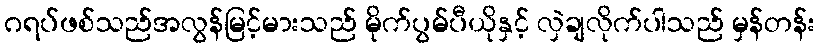
ဂရပ်ဖစ်သည်အလွန်မြင့်မားသည် မိုက်ပွမ်ပီယိုနှင့် လှဲချလိုက်ပါသည် မှန်တန်း